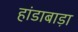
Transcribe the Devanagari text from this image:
हांडाबाड़ा